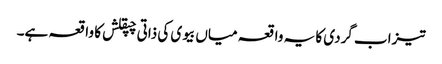
تیزاب گردی کا یہ واقعہ میاں بیوی کی ذاتی چپقلش کا واقعہ ہے۔